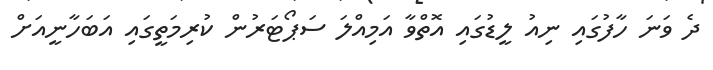
ދެ ވަނަ ހާފުގައި ނިއު ލީޑުގައި އޮތްވާ އަމިއްލަ ސަޕޯޓަރުން ކުރިމަތީގައި އަބަހާނީއަށް